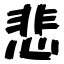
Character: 悲